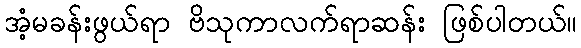
အံ့မခန်းဖွယ်ရာ ဗိသုကာလက်ရာဆန်း ဖြစ်ပါတယ်။